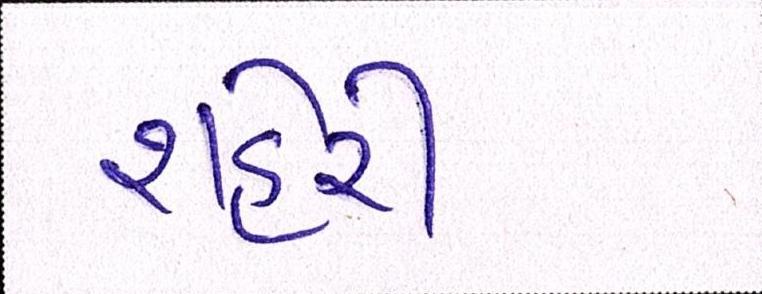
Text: શહેરી